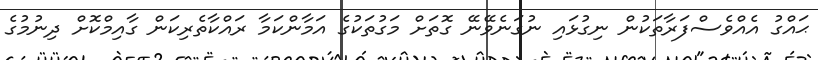
ޙައްގު އެއްވެސްފަރާތަކުން ނިގުޅައި ނުގަނެވޭނޭ ގޮތަށް މަގުތަކުގެ އަމާންކަމާ ރައްކާތެރިކަން ގާއިމްކޮށް ދިނުމުގެ